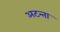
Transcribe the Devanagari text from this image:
अटन्ता